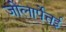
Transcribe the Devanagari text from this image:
जोलार्पेत्तई